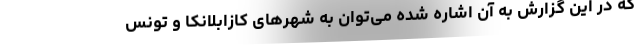
که در این گزارش به آن اشاره شده می‌توان به شهرهای کازابلانکا و تونس